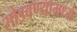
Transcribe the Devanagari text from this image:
सोडवण्यामध्ये